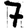
Digit: 7